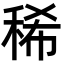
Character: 稀